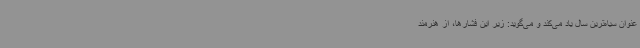
عنوان سیاه‌ترین سال یاد می‌کند و می‌گوید: زیر این فشارها، از هنرمند